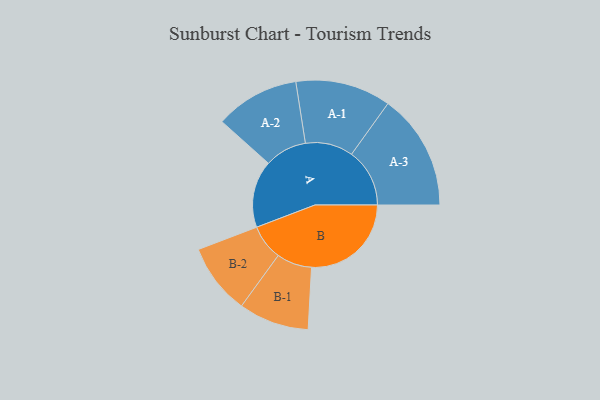
{"axis": {"x": "Segment", "y": "Value"}, "legend": ["", "A", "B"], "data": [{"x": "A", "y": 284, "type": ""}, {"x": "B", "y": 422, "type": ""}, {"x": "A-1", "y": 202, "type": "A"}, {"x": "A-2", "y": 178, "type": "A"}, {"x": "A-3", "y": 246, "type": "A"}, {"x": "B-1", "y": 149, "type": "B"}, {"x": "B-2", "y": 150, "type": "B"}]}